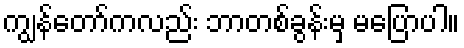
ကျွန်တော်ကလည်း ဘာတစ်ခွန်းမှ မပြောပါ။